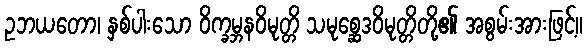
ဥဘယတော၊ နှစ်ပါးသော ဝိက္ခမ္ဘနဝိမုတ္တိ သမုစ္ဆေဒဝိမုတ္တိတို့၏ အစွမ်းအားဖြင့်။